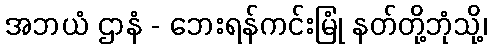
အဘယံ ဌာနံ - ဘေးရန်ကင်းမြုံ နတ်တို့ဘုံသို့၊